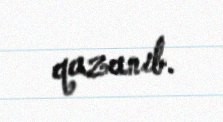
qazanıb.